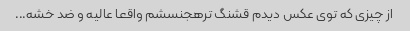
از چیزی که توی عکس دیدم قشنگ ترهجنسشم واقعا عالیه و ضد خشه...